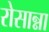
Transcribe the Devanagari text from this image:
रोसान्ना